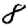
Digit: 8